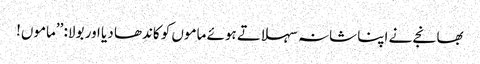
بھانجے نے اپنا شانہ سہلاتے ہوئے ماموں کو کاندھا دیا اور بولا: ’’ماموں!